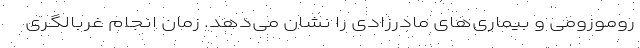
روموزومی و بیماری‌های مادرزادی را نشان می‌دهد. زمان انجام غربالگری